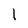
Character: I